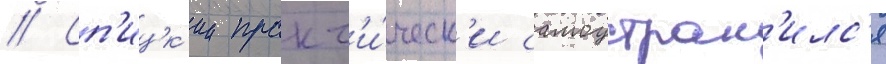
// Сп'ицк'ии практ'и́ческ'и самоустран'илс'я